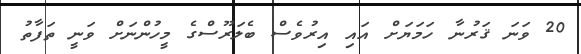
20 ވަނަ ޤަރުނާ ހަމަޔަށް އައި އިރުވެސް ބެލަރޫސްގެ މީހުންނަށް ވަނީ ތަފާތު